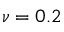
\nu = 0 . 2